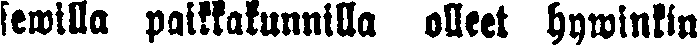
sewilla paikkakunnilla olleet hywinkin